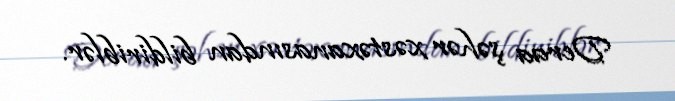
Deraa şəhər xəstəxanasından bildiriblər.